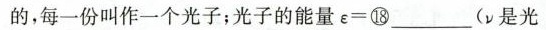
的，每一份叫作一个光子；光子的能量ε=⑱___(\nu 是光